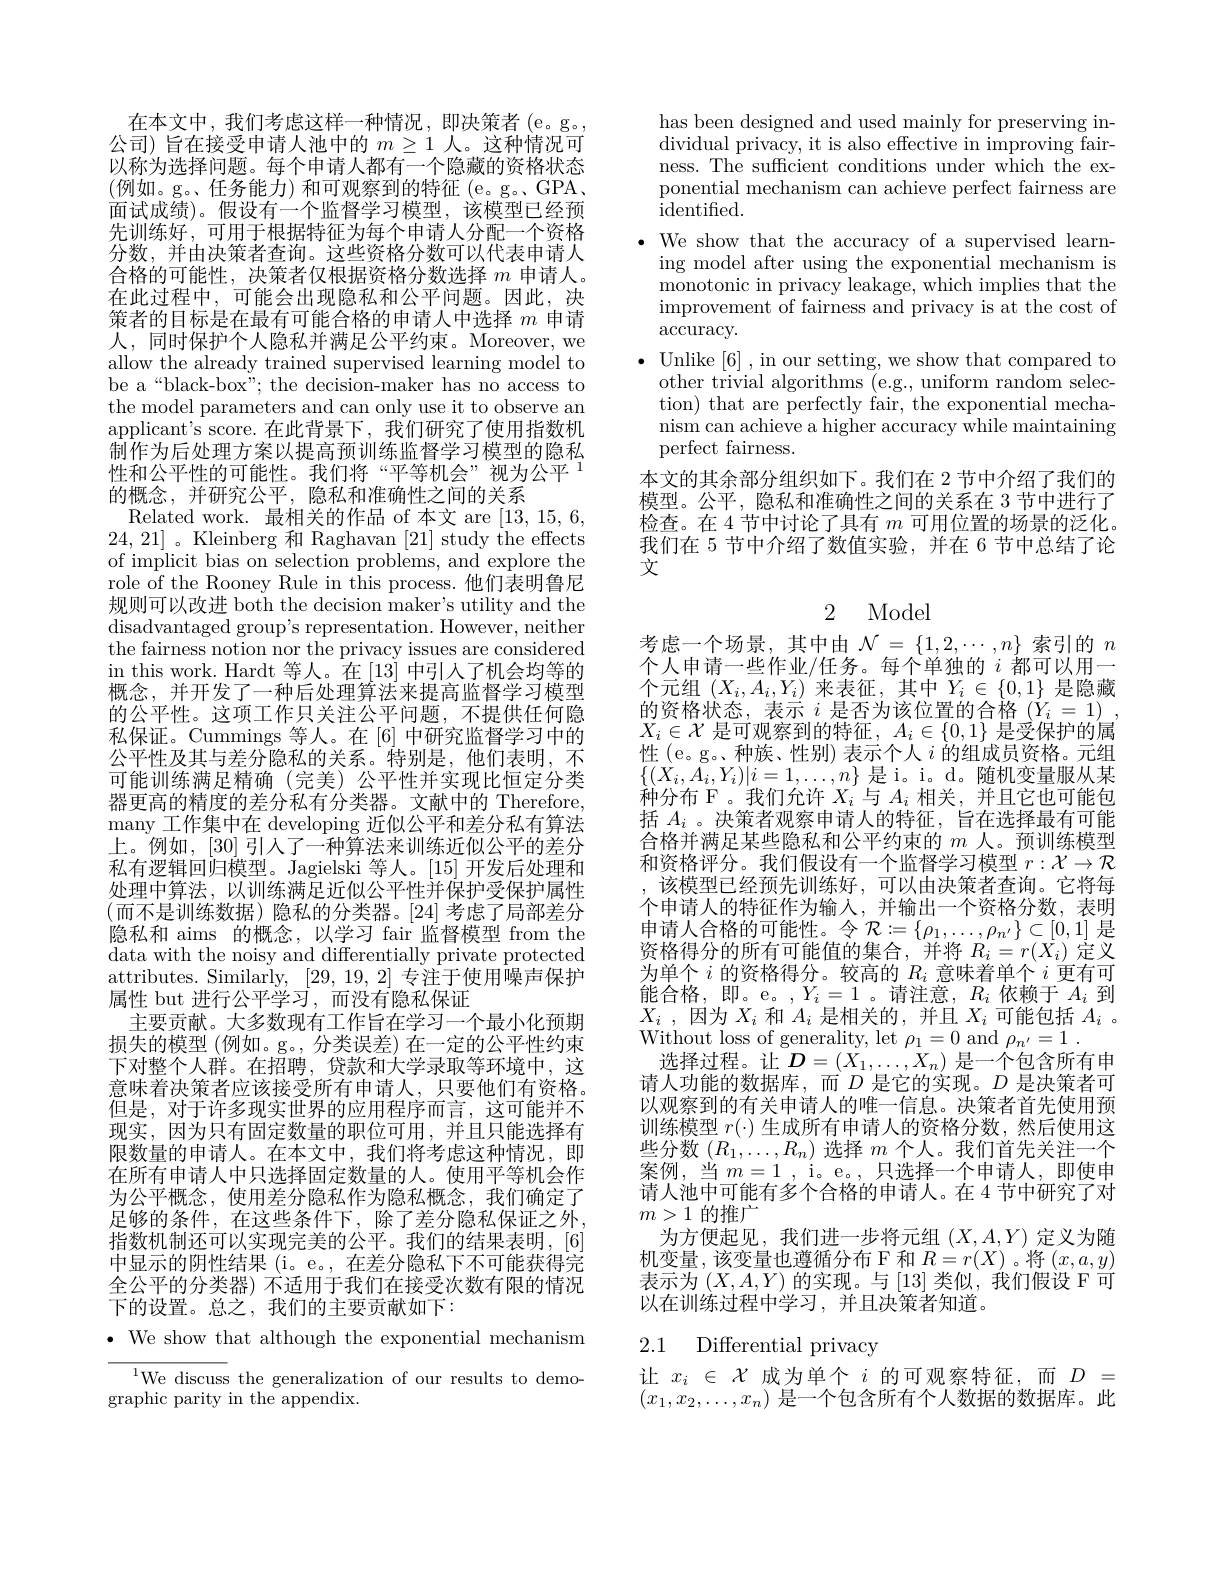
在本文中，我们考虑这样一种情况，即决策者(e。g。公司) 旨在接受申请人池中的$m\geq1$人。这种情况可以称为选择问题。每个申请人都有一个隐藏的资格状态(例如。g。、任务能力)和可观察到的特征(e。g。GPA, $\bar{\text{面试成绩)。假设有一个监督学习模型，该模型已经预}}$ 先训练好，可用于根据特征为每个申请人分配一个资格分数，并由决策者查询。这些资格分数可以代表申请人合格的可能性，决策者仅根据资格分数选择$m$申请人。在此过程中，可能会出现隐私和公平问题。因此，决策者的目标是在最有可能合格的申请人中选择$m$申请人，同时保护个人隐私并满足公平约束。Moreover,we allow the already trained supervised learning model to be a“black-box”; the decision-maker has no access to the model parameters and can only use it to observe an applicant's score. 在此背景下，我们研究了使用指数机制作为后处理方案以提高预训练监督学习模型的隐私性和公平性的可能性。我们将“平等机会”视为公平$^{1}$ 的概念，并研究公平，隐私和准确性之间的关系
Related work. 最相关的作品 of 本文 are [13,15,6, 24,21] 。Kleinberg 和 Raghavan [21] study the effects of implicit bias on selection problems, and explore the role of the Rooney Rule in this process. 他们表明鲁尼规则可以改进 both the decision maker's utility and the disadvantaged group's representation. However, neither the fairness notion nor the privacy issues are considered in this work. Hardt 等人。在[13]中引入了机会均等的概念，并开发了一种后处理算法来提高监督学习模型的公平性。这项工作只关注公平间题，不提供任何隐私保证。Cummings 等人。在[6]中研究监督学习中的公平性及其与差分隐私的关系。特别是，他们表明，不可能训练满足精确(完美)公平性并实现比恒定分类器更高的精度的差分私有分类器。文献中的 Therefore, many 工作集中在 developing 近似公平和差分私有算法上。例如，[30] 引入了一种算法来训练近似公平的差分私有逻辑回归模型。Jagielski 等人。[15]开发后处理和处理中算法，以训练满足近似公平性并保护受保护属性(而不是训练数据)隐私的分类器。[24] 考虑了局部差分隐私和 aims 的概念，以学习 fair 监督模型 from the data with the noisy and differentially private protected attributes. Similarly, [29,19,2]专注于使用噪声保护属性 but 进行公平学习，而没有隐私保证
主要贡献。大多数现有工作旨在学习一个最小化预期损失的模型 (例如。g。, 分类误差) 在一定的公平性约束下对整个人群。在招聘，贷款和大学录取等环境中，这意味着决策者应该接受所有申请人，只要他们有资格。但是，对于许多现实世界的应用程序而言，这可能并不现实，因为只有固定数量的职位可用，并且只能选择有限数量的申请人。在本文中，我们将考虑这种情况，即在所有申请人中只选择固定数量的人。使用平等机会作为公平概念，使用差分隐私作为隐私概念，我们确定了足够的条件，在这些条件下，除了差分隐私保证之外， 指数机制还可以实现完美的公平。我们的结果表明，[6] 中显示的阴性结果(i。e。,在差分隐私下不可能获得完全公平的分类器) 不适用于我们在接受次数有限的情况下的设置。总之，我们的主要贡献如下：
$\cdot$ We show that although the exponential mechanism

$^{1}$We discuss the generalization of our results to demo-
graphic parity in the appendix.

has been designed and used mainly for preserving individual privacy, it is also effective in improving fairness. The sufficient conditions under which the exponential mechanism can achieve perfect fairness are $\operatorname{identified}.$
$\bullet$ We show that the accuracy of a supervised learn-
ing model after using the exponential mechanism is monotonic in privacy leakage, which implies that the improvement of fairness and privacy is at the cost of $\bar{\mathrm{accuracy.}}$
$\bullet$Unlike[6],in our setting, we show that compared to
other trivial algorithms (e.g., uniform random selection) that are perfectly fair, the exponential mecha- ${\text{nism can achieve a higher accuracy while maintaining}}$ perfect fairness.
本文的其余部分组织如下。我们在 2 节中介绍了我们的模型。公平，隐私和准确性之间的关系在 3 节中进行了检查。在 4 节中讨论了具有$m$可用位置的场景的泛化。我们在 5 节中介绍了数值实验，并在 6 节中总结了论文

2 Model

考虑一个场景，其中由$\mathcal{N}=\{1,2,\cdots,n\}$索引的$n$ 个人申请一些作业/任务。每个单独的$i$ 都可以用一个元组$(X_i,A_i,Y_i)$来表征，其中$Y_i\in\{0,1\}$是隐藏的资格状态，表示$i$是否为该位置的合格$( Y_i= 1)$ , $X_i\in\mathcal{X}$是可观察到的特征$,A_i\in\{0,1\}$是受保护的属性 (e。g。、种族、性别) 表示个人$i$的组成员资格。元组$\{(X_{i},A_{i},Y_{i})|i=1,\ldots,n\}$是 i。i。d。随机变量服从某种分布 F。我们允许$X_i$与$A_i$相关，并且它也可能包括$A_i$ 。决策者观察申请人的特征，旨在选择最有可能合格并满足某些隐私和公平约束的$m$人。预训练模型和资格评分。我们假设有一个监督学习模型$r:\mathcal{X}\to\mathcal{R}$ 该模型已经预先训练好，可以由决策者查询。它将每
个申请人的特征作为输入，并输出一个资格分数，表明申请人合格的可能性。令$\mathcal{R}:=\{\rho_1,\ldots,\rho_{n^{\prime}}\}\subset[0,1]$ 是资格得分的所有可能值的集合，并将$R_i=r(\bar{X}_i)$定义为单个$i$的资格得分。较高的$R_i$意味着单个$i$更有可能合格，即。e。,$Y_i=1$。请注意，$R_i$依赖于$A_i$ 到$X_i$ , $因 为$ $X_i$和$A_i$是相关的，并且$X_i$可能包括$A_i$ 。Without loss of generality, let $\rho_1=0$ and $\rho _{n^{\prime }}= 1$ .
选择过程。让$D=(X_1,\ldots,X_n)$是一个包含所有申请人功能的数据库，而$D$ 是它的实现。$D$ 是决策者可以观察到的有关申请人的唯一信息。决策者首先使用预训练模型$r(\cdot)$生成所有申请人的资格分数，然后使用这些分数$(R_1,\ldots,R_n)$选择$m$个人。我们首先关注一个案例，当$m=1$,i。e。,只选择一个申请人，即使申请人池中可能有多个合格的申请人。在 4 节中研究了对$m>1$的推广
为方便起见，我们进一步将元组$(X,A,Y)$定义为随机变量，该变量也遵循分布 F 和$R=r(X)$ 。将$(x,a,y)$ 表示为$(X,A,Y)$的实现。与 [13]类似，我们假设 F 可以在训练过程中学习，并且决策者知道。

### 2.1 Differential privacy

$\begin{array}{ll}\text{让 }x_i\in\mathcal{X}\text{ 成为单个 }i\text{ 的可观察特征，而 }D&=\\(x_1,x_2,\ldots,x_n)\text{ 是一个包含所有个人数据的数据库。此}\end{array}$